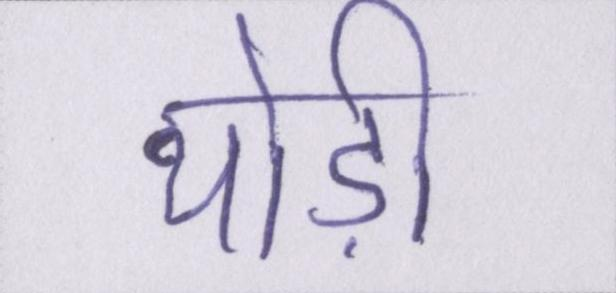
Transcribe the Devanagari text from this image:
थोड़ी